Annual report of the Madras Medical College
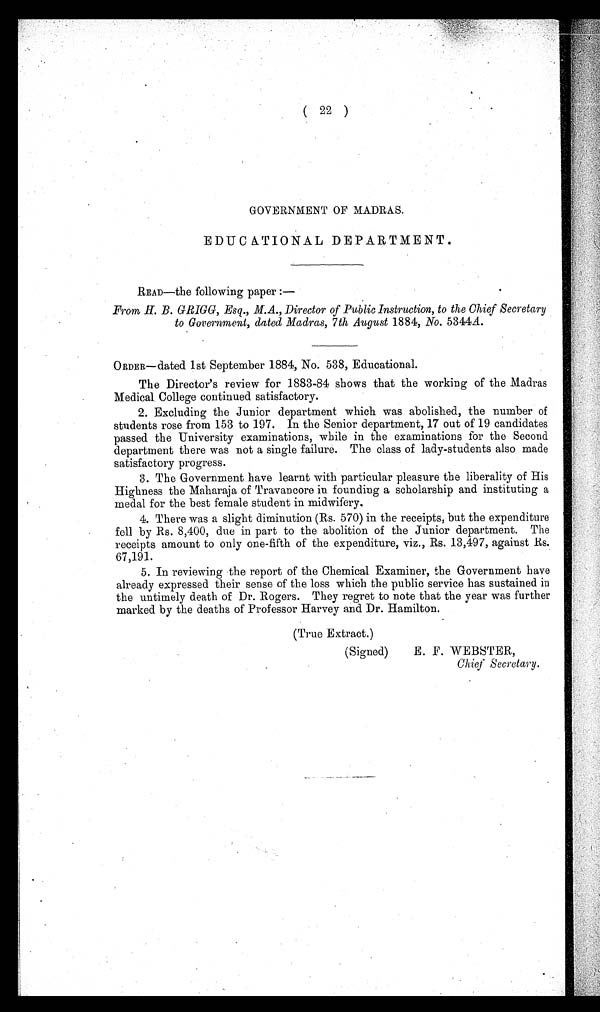
( 22 )
GOVERNMENT OF MADRAS.
EDUCATIONAL DEPARTMENT.
READ—the following paper :—
From H. B. GRIGG, Esq., M.A., Director of Public Instruction, to the Chief Secretary
to Government, dated Madras, 7th August 1884, No. 5344A.
ORDER—dated 1st September 1884, No. 538, Educational.
The Director's review for 1883-84 shows that the working of the Madras
Medical College continued satisfactory.
2. Excluding the Junior department which was abolished, the number of
students rose from 153 to 197. In the Senior department, 17 out of 19 candidates
passed the University examinations, while in the examinations for the Second
department there was not a single failure. The class of lady-students also made
satisfactory progress.
3. The Government have learnt with particular pleasure the liberality of His
Highness the Maharaja of Travancore in founding a scholarship and instituting a
medal for the best female student in midwifery.
4. There was a slight diminution (Rs. 570) in the receipts, but the expenditure
fell by Rs. 8,400, due in part to the abolition of the Junior department. The
receipts amount to only one-fifth of the expenditure, viz., Rs. 13,497, against Rs.
67,191.
5. In reviewing the report of the Chemical Examiner, the Government have
already expressed their sense of the loss which the public service has sustained in
the untimely death of Dr. Rogers. They regret to note that the year was further
marked by the deaths of Professor Harvey and Dr. Hamilton.
(True Extract.)
(Signed)
E. F. WEBSTER,
Chief Secretary.